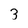
Character: 3